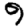
Digit: 9